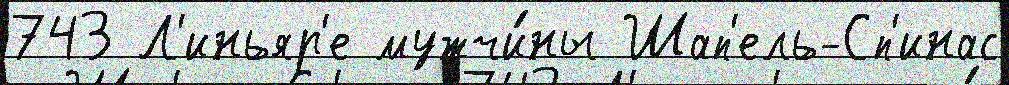
743 Л'иньяр'е мужчи́ны Шап'ель-Сп'инас